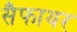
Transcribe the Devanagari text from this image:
सैफायर